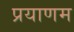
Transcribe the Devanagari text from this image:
प्रयाणम